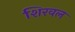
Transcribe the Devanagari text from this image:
शिरवल